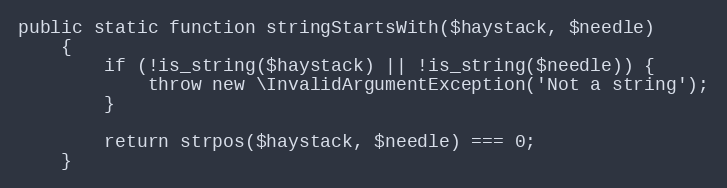
Language: PHP
public static function stringStartsWith($haystack, $needle)
    {
        if (!is_string($haystack) || !is_string($needle)) {
            throw new \InvalidArgumentException('Not a string');
        }

        return strpos($haystack, $needle) === 0;
    }